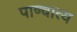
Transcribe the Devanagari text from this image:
पाष्चात्य